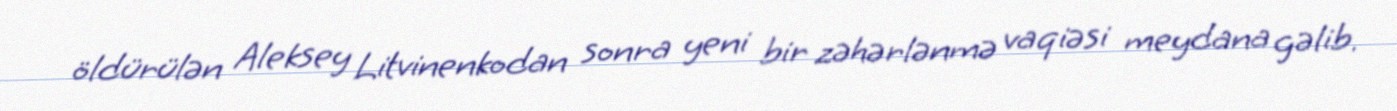
öldürülən Aleksey Litvinenkodan sonra yeni bir zəhərlənmə vaqiəsi meydana gəlib.